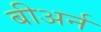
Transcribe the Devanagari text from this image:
बीअर्न